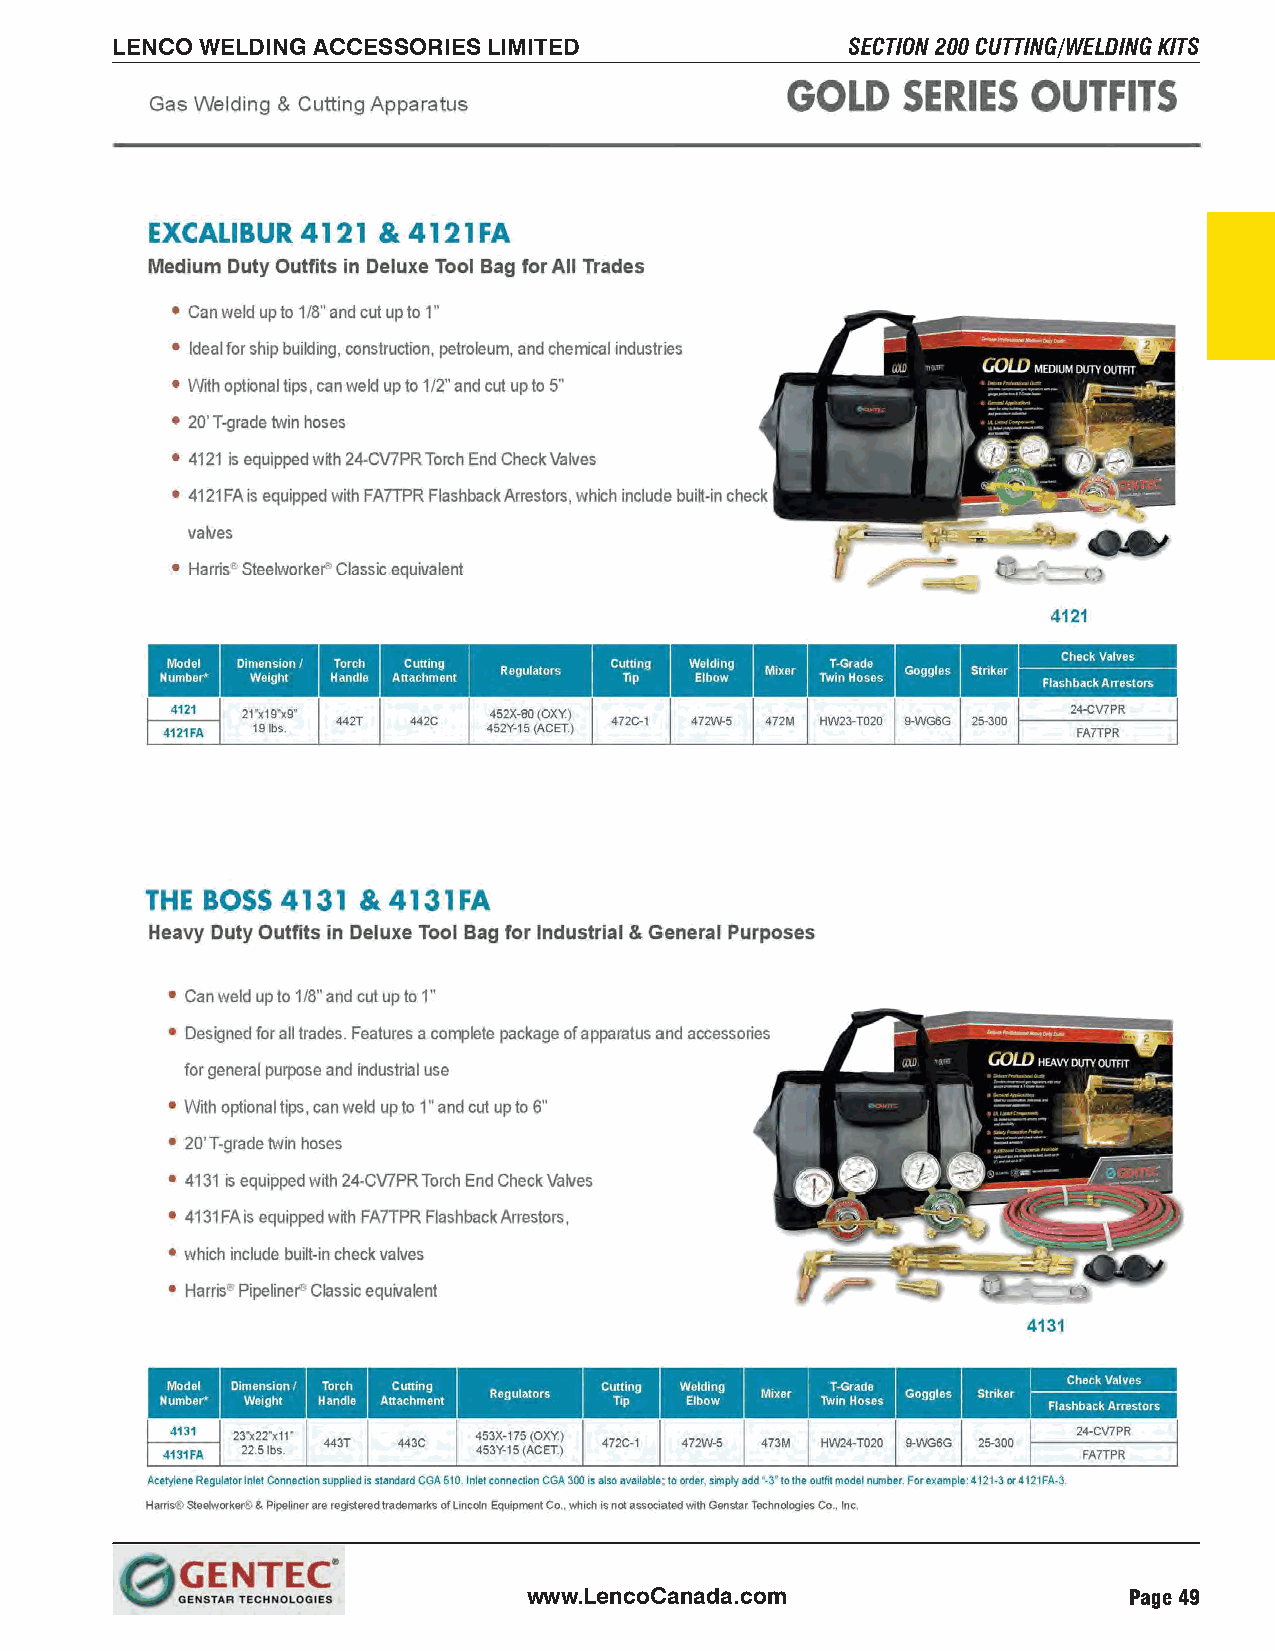
LENCO WELDING ACCESSORIES LIMITED                SECTION 200 CUTTING/WELDING KITS
 www.LencoCanada.com                     Page 49